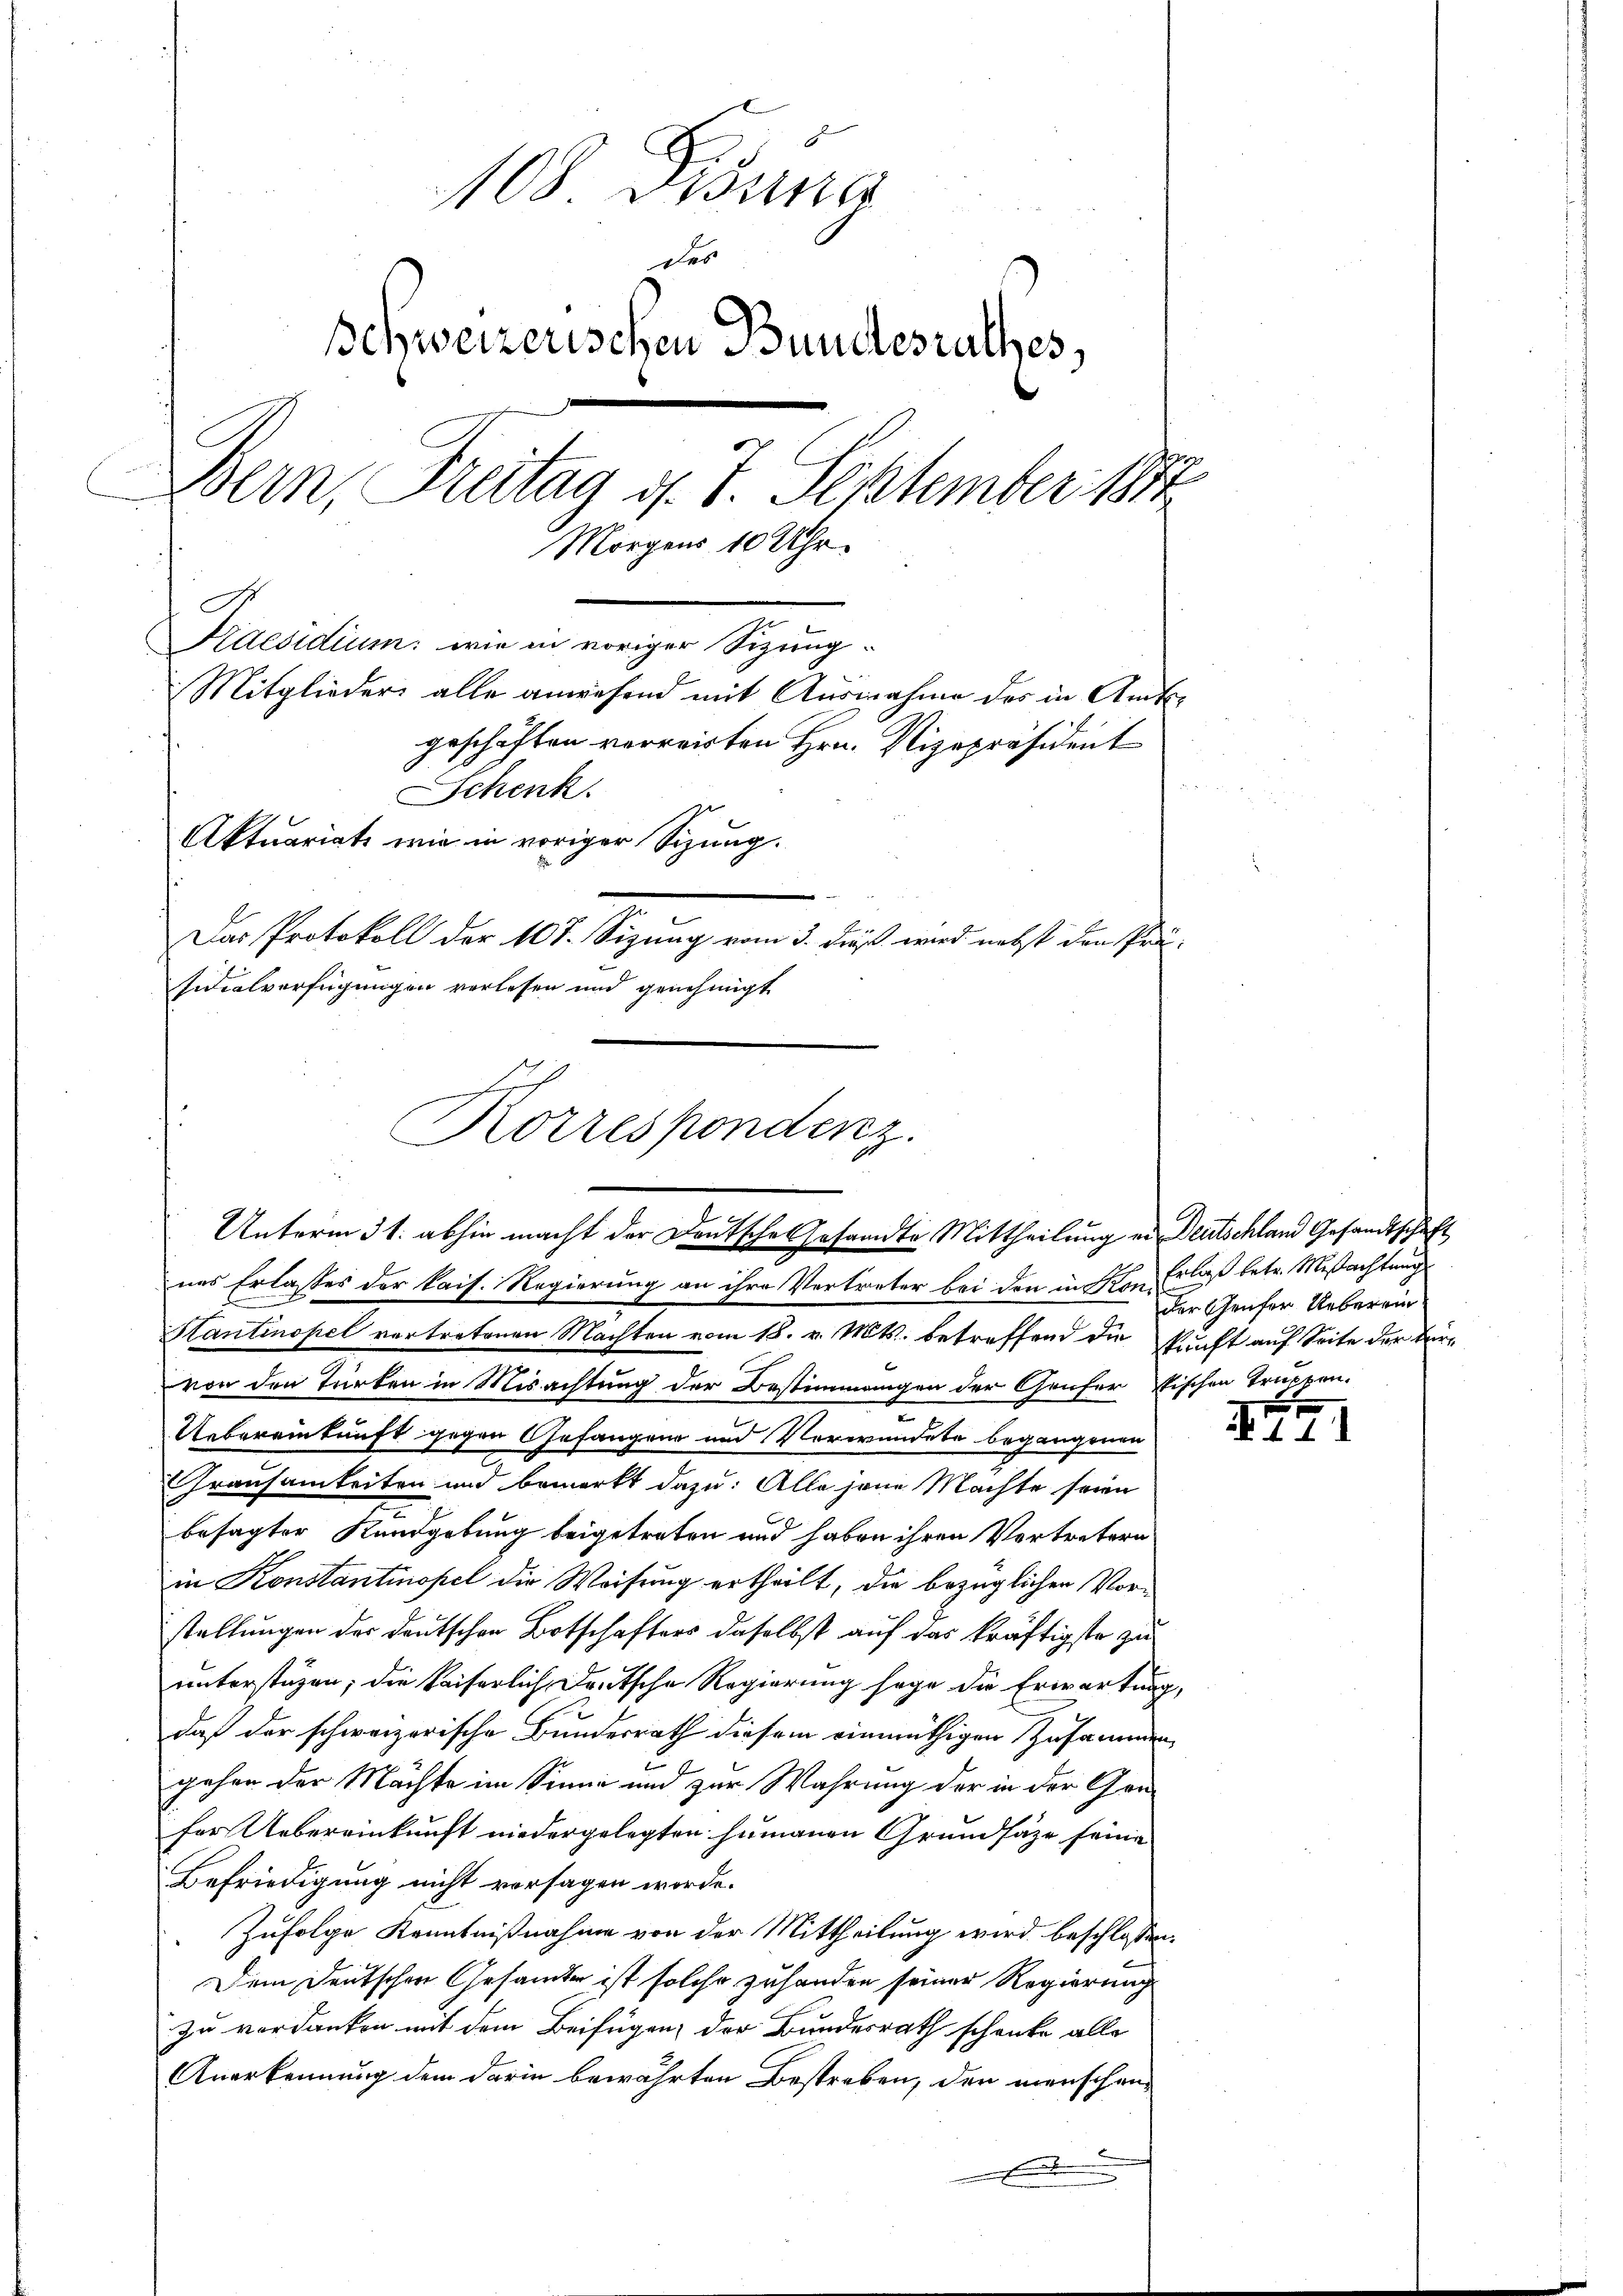
108 Pisung
des
Schweizerischen Bundesrathes,
Bern, Freitag d. 7. September 1891
Morgens 10 Uhr.
Praesidium: wie in voriger Sizung¬
Mitglieder alle anwesend mit Ausnahme des in Amtsgeschiften verreisten Hrn. Vizepräsident
u
Schenk.
Aktuariate wie in voriger Sizung.
Die Protokoll der 10. Segnung eine de bis und nicht der die
sidialverfügungen verlesen und genehmigt

nes Erlasses der kais. Regierung an ihre Vertreter bei den in den Erlaß betr. Mißachtung
Hantinopel vertretenen Machten vom 18. v. Mts. betreffend die kunft auf Seite der Bürvon den Türken in Misachtung der Bestimmungen der Genfer stischen Truppen-
Uebereinkunft gegen Gefangen und Verwundete begangenen
e
rausamkeiten und bemerkt dazu: Alle jene Machte seien
besagter Kundgebung beigetreten und haben ihren Vertretern
in Konstantinopel die Weisung ertheilt, die bezüglichen Vorstellungen der deutschen Botschafters daselbst auf das kräftigste zu
unterstüzen; die kaiserlich Deutsche Regierung sage die Erwartung,
daß der schweizerische Bundesrath diesem einmüthigen Zusammen
gehen der Machte im Sinne und zur Wahrung der in der Grafür Uebereinkunft niedergelegten humanen Grundsätze seine
Befriedigung nicht versagen werde.
Zufolge Kenntnißnahme von der Mittheilung wird beschlossen:
Dem Deutschen Gesamter ist solche zuhanden seiner Regierung
zu verdanken mit dem Beifügen, der Bundesrath schenke alle
Anerkennung dem darin bewährten Bestreben, der menschen¬
E

Korrespondenz.
Unterm 31. abhin macht der Deutsches Gesandte Mittheilung er Deutschland Gesandtschaft

der Genfer Ueberein

.

e
.